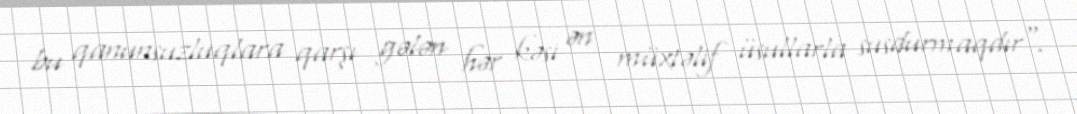
bu qanunsuzluqlara qarşı gələn hər kəsi ən müxtəlif üsullarla susdurmaqdır".